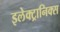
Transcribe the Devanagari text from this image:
इलेक्‍ट्रानिक्‍स